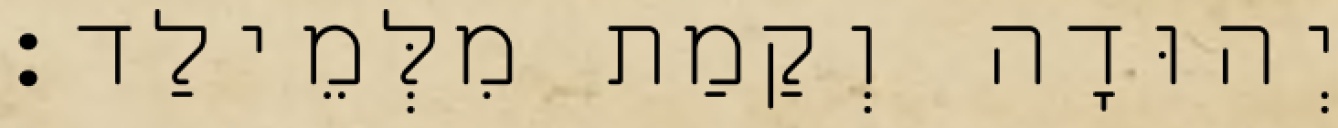
יְהוּדָה וְקַמַת מִלְּמֵילַד׃